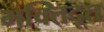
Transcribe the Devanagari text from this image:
भक्तिदूत